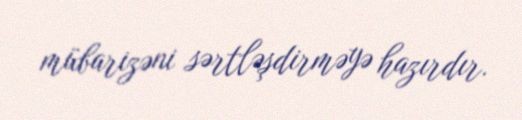
mübarizəni sərtləşdirməyə hazırdır.